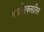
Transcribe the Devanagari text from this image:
मंबलिकलातिल